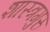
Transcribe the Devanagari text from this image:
शास्त्रगुरु